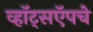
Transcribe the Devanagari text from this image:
व्हॉट्सऍपचे